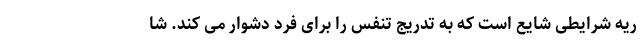
ریه شرایطی شایع است که به تدریج تنفس را برای فرد دشوار می کند. شا